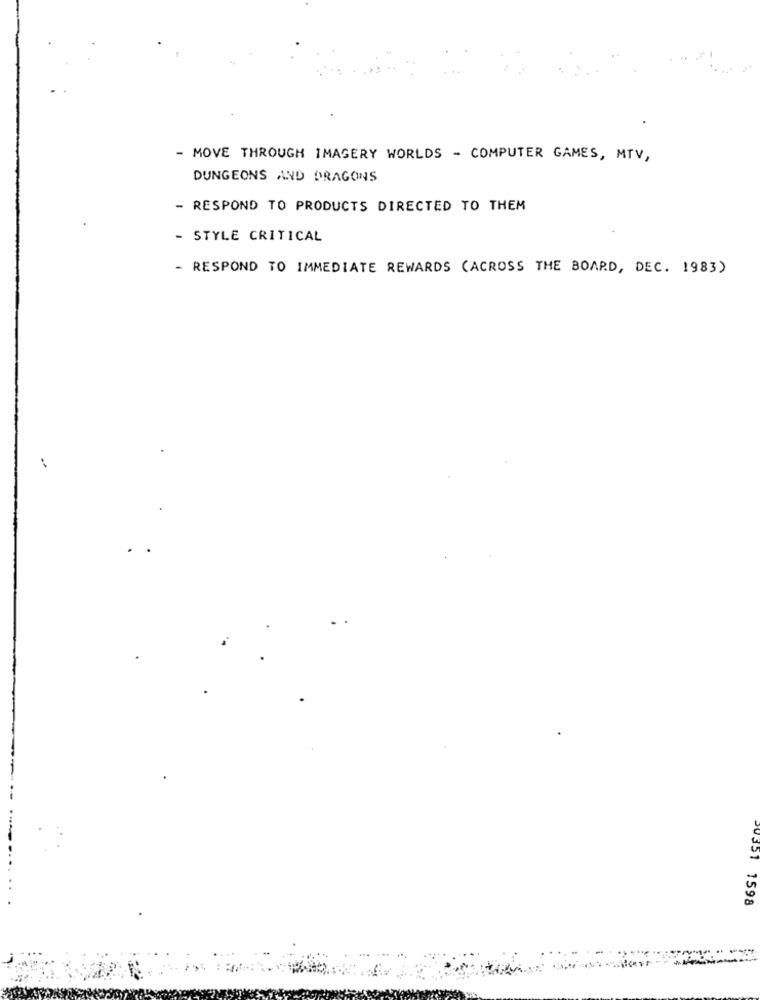
- MOVE THROUGH IMAGERY WORLDS - COMPUTER GAMES, MTV,
DUNGEONS AND DRAGONS
- RESPOND TO PRODUCTS DIRECTED TO THEM
- STYLE CRITICAL
- RESPOND TO IMMEDIATE REWARDS (ACROSS THE BOARD, DEC. 1983)
1
20351 1598